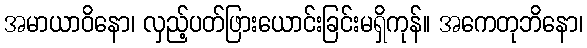
အမာယာဝိနော၊ လှည့်ပတ်ဖြားယောင်းခြင်းမရှိကုန်။ အကေတုဘိနော၊